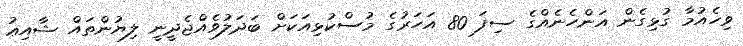
ވިހެއުމާ ގުޅިގެން އަންހެނެއްގެ ސިފަ 80 އަހަރުގެ މުސްކުޅިއަކަށް ބަދަލުވެއްޖެދީނީ ލިޔުންތައް ޝާއިޢު